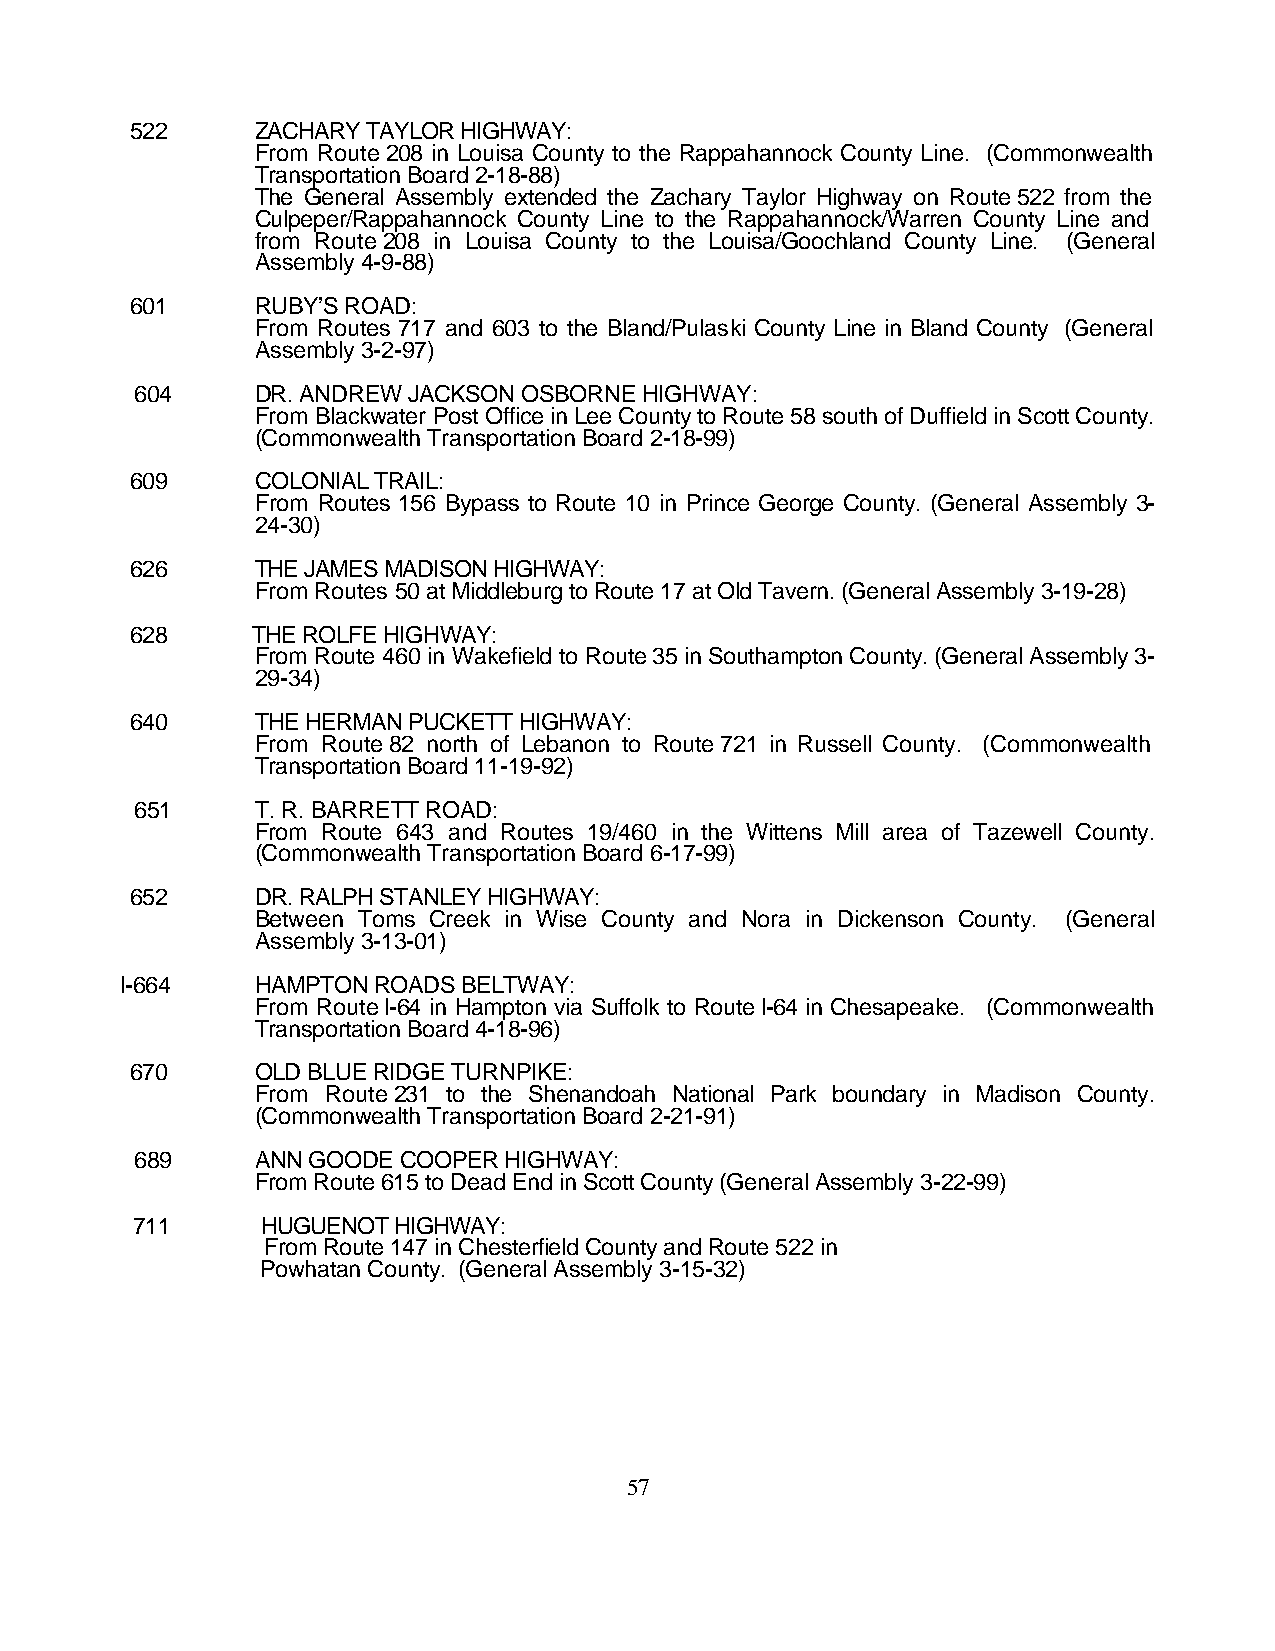
522     ZACHARY TAYLOR HIGHWAY:
 From Route 208 in Louisa County to the Rappahannock County Line. (Commonwealth
 Transportation Board 2-18-88)
 The General Assembly extended the Zachary Taylor Highway on Route 522 from the
 Culpeper/Rappahannock County Line to the Rappahannock/Warren County Line and
 from Route 208 in Louisa County to the Louisa/Goochland County Line. (General
 Assembly 4-9-88)
 601     RUBY’S ROAD:
 From Routes 717 and 603 to the Bland/Pulaski County Line in Bland County (General
 Assembly 3-2-97)
 604     DR. ANDREW JACKSON OSBORNE HIGHWAY:
 From Blackwater Post Office in Lee County to Route 58 south of Duffield in Scott County.
 (Commonwealth Transportation Board 2-18-99)
 609     COLONIAL TRAIL:
 From Routes 156 Bypass to Route 10 in Prince George County. (General Assembly 3-
 24-30)
 626     THE JAMES MADISON HIGHWAY:
 From Routes 50 at Middleburg to Route 17 at Old Tavern. (General Assembly 3-19-28)
 628     THE ROLFE HIGHWAY:
 From Route 460 in Wakefield to Route 35 in Southampton County. (General Assembly 3-
 29-34)
 640     THE HERMAN PUCKETT HIGHWAY:
 From Route 82 north of Lebanon to Route 721 in Russell County. (Commonwealth
 Transportation Board 11-19-92)
 651     T. R. BARRETT ROAD:
 From Route 643 and Routes 19/460 in the Wittens Mill area of Tazewell County.
 (Commonwealth Transportation Board 6-17-99)
 652     DR. RALPH STANLEY HIGHWAY:
 Between Toms Creek in Wise County and Nora in Dickenson County. (General
 Assembly 3-13-01)
 I-664    HAMPTON ROADS BELTWAY:
 From Route I-64 in Hampton via Suffolk to Route I-64 in Chesapeake. (Commonwealth
 Transportation Board 4-18-96)
 670     OLD BLUE RIDGE TURNPIKE:
 From Route 231 to the Shenandoah National Park boundary in Madison County.
 (Commonwealth Transportation Board 2-21-91)
 689     ANN GOODE COOPER HIGHWAY:
 From Route 615 to Dead End in Scott County (General Assembly 3-22-99)
 711     HUGUENOT HIGHWAY:
 From Route 147 in Chesterfield County and Route 522 in
 Powhatan County. (General Assembly 3-15-32)
 57